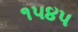
૧૫૪૫